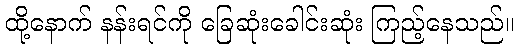
ထို့နောက် နန်းရင်ကို ခြေဆုံးခေါင်းဆုံး ကြည့်နေသည်။